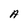
Character: A